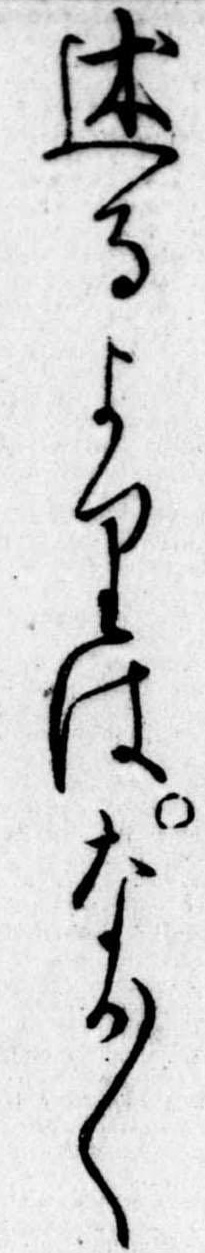
述るよりはなか〱